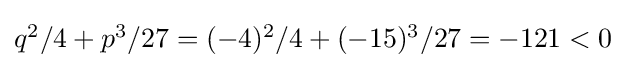
{\textstyle q^{2}/4+p^{3}/27=(-4)^{2}/4+(-15)^{3}/27=-121<0}